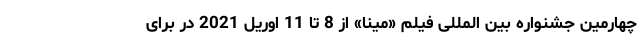
چهارمين جشنواره بين المللى فیلم «مينا» از 8 تا 11 اوريل 2021 در براى